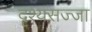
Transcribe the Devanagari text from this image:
दृश्यसज्जा